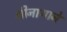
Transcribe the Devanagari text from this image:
श्रीनाथाने